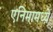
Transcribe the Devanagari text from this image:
एनिमामध्ये